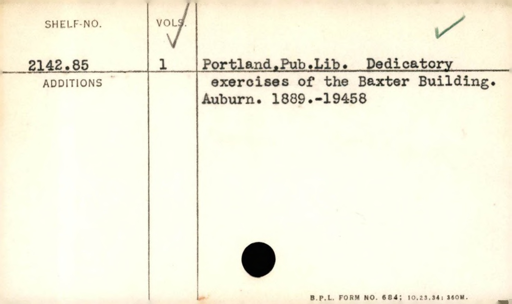
Label: content